Anatomy and histology of ticks - Number 23
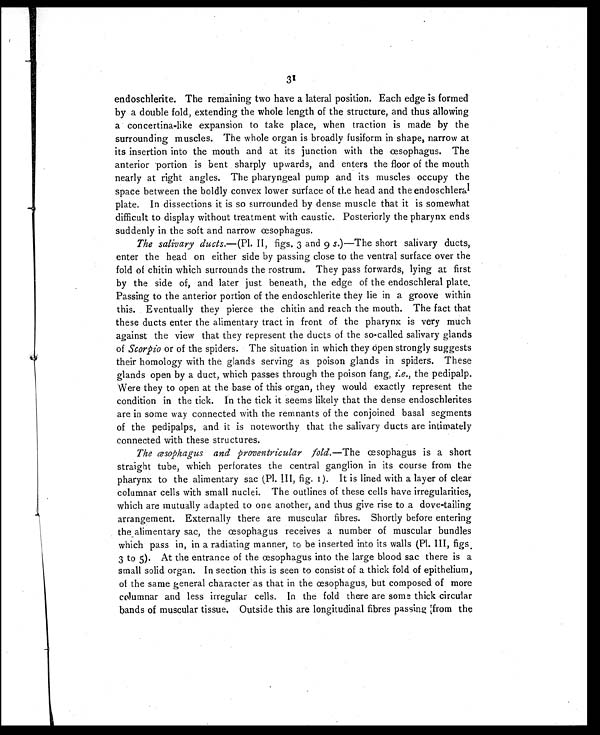
31
endoschlerite. The remaining two have a lateral position. Each edge is formed
by a double fold, extending the whole length of the structure, and thus allowing
a concertina-like expansion to take place, when traction is made by the
surrounding muscles. The whole organ is broadly fusiform in shape, narrow at
its insertion into the mouth and at its junction with the œsophagus. The
anterior portion is bent sharply upwards, and enters the floor of the mouth
nearly at right angles. The pharyngeal pump and its muscles occupy the
space between the boldly convex lower surface of the head and the endoschleral
plate. In dissections it is so surrounded by dense muscle that it is somewhat
difficult to display without treatment with caustic. Posteriorly the pharynx ends
suddenly in the soft and narrow œsophagus.
The salivary ducts.—(Pl. II, figs. 3 and 9 s.)—The short salivary ducts,
enter the head on either side by passing close to the ventral surface over the
fold of chitin which surrounds the rostrum. They pass forwards, lying at first
by the side of, and later just beneath, the edge of the endoschleral plate.
Passing to the anterior portion of the endoschlerite they lie in a groove within
this. Eventually they pierce the chitin and reach the mouth. The fact that
these ducts enter the alimentary tract in front of the pharynx is very much
against the view that they represent the ducts of the so-called salivary glands
of Scorpio or of the spiders. The situation in which they o pen strongly suggests
their homology with the glands serving as poison glands in spiders. These
glands open by a duct, which passes through the poison fang, i.e., the pedipalp.
Were they to open at the base of this organ, they would exactly represent the
condition in the tick. In the tick it seems likely that the dense endoschlerites
are in some way connected with the remnants of the conjoined basal segments
of the pedipalps, and it is noteworthy that the salivary ducts are intimately
connected with these structures.
The æsophagus and proventricular fold. —The œsophagus is a short
straight tube, which perforates the central ganglion in its course from the
pharynx to the alimentary sac (Pl. III, fig. 1). It is lined with a layer of clear
columnar cells with small nuclei. The outlines of these cells have irregularities,
which are mutually adapted to one another, and thus give rise to a dove-tailing
arrangement. Externally there are muscular fibres. Shortly before entering
the alimentary sac, the œsophagus receives a number of muscular bundles
which pass in, in a radiating manner, to be inserted into its walls (Pl. III, figs.
3 to 5). At the entrance of the œsophagus into the large blood sac there is a
small solid organ. In section this is seen to consist of a thick fold of epithelium,
of the same general character as that in the œsophagus, but composed of more
columnar and less irregular cells. In the fold there are some thick circular
bands of muscular tissue. Outside this are longitudinal fibres passing from the